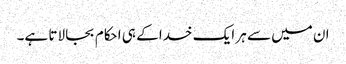
ان میں سے ہر ایک خدا کے ہی احکام بجا لاتا ہے۔